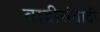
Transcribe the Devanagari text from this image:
वादीसंवादी